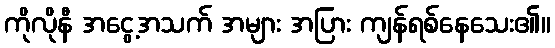
ကိုလိုနီ အငွေ့အသက် အများ အပြား ကျန်ရစ်နေသေး၏။